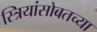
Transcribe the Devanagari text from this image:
स्त्रियांसोबतच्या